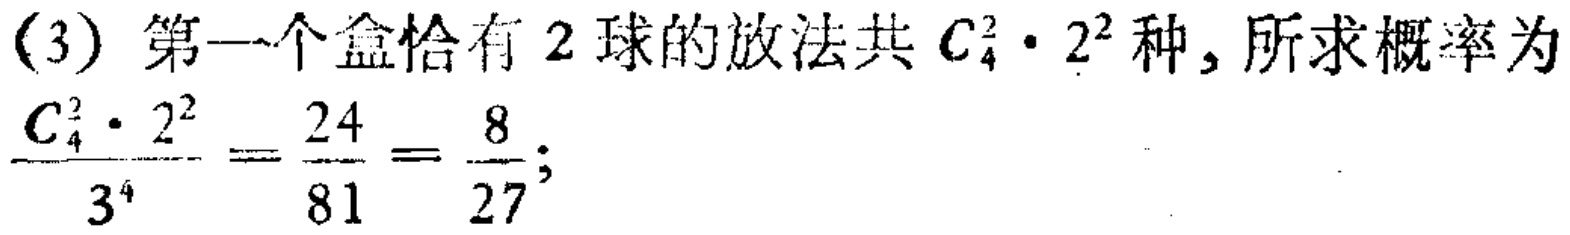
(3) 第一个盒恰有 2 球的放法共 \(C_{4}^{2} \cdot 2^{2}\) 种, 所求概率为
\(\frac{C_{4}^{2} \cdot 2^{2}}{3^{4}}=\frac{24}{81}=\frac{8}{27};\)